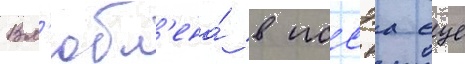
Вл'юбл'ена́ в иссэа еще